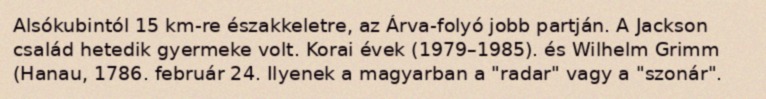
Alsókubintól 15 km-re északkeletre, az Árva-folyó jobb partján. A Jackson család hetedik gyermeke volt. Korai évek (1979–1985). és Wilhelm Grimm (Hanau, 1786. február 24. Ilyenek a magyarban a "radar" vagy a "szonár".